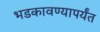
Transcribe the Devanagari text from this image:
भडकावण्यापर्यंत